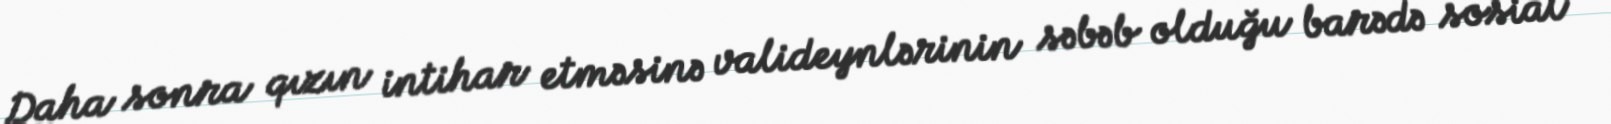
Daha sonra qızın intihar etməsinə valideynlərinin səbəb olduğu barədə sosial